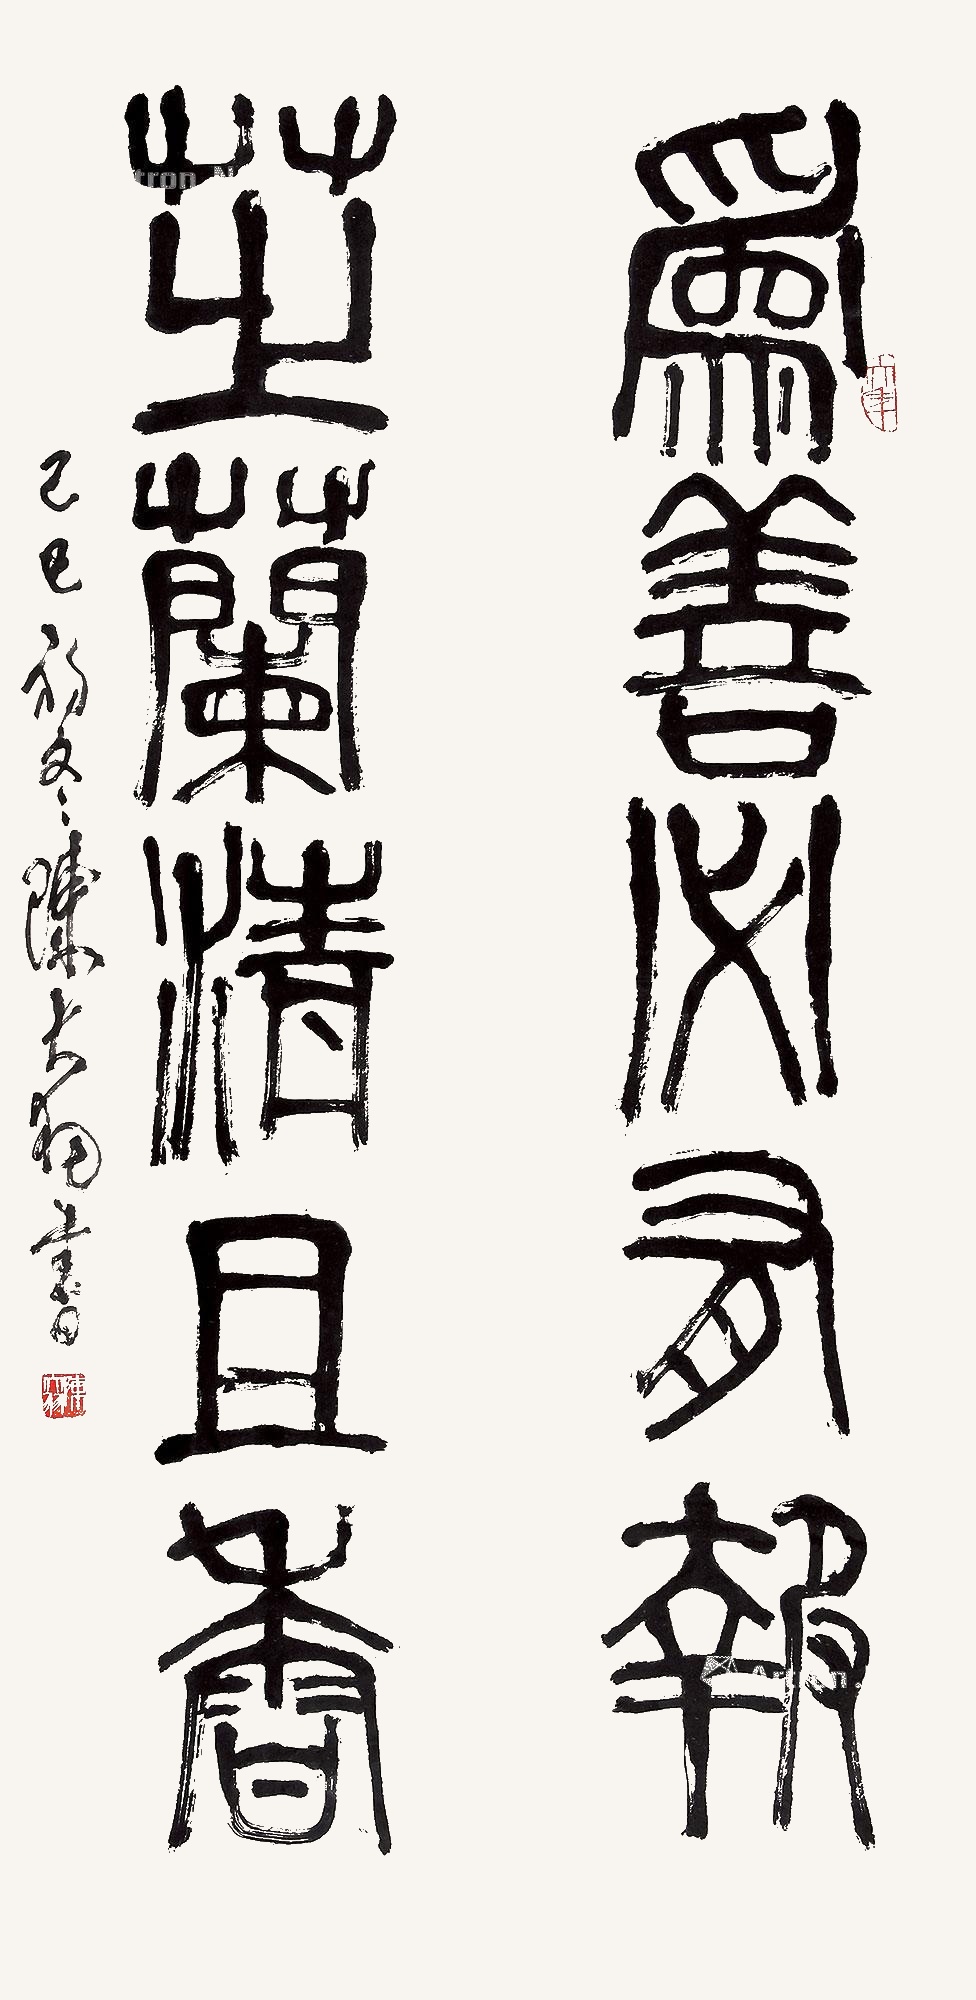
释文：为善必有报，芝兰清且香。己巳（1989年）初冬，陈大羽书。